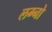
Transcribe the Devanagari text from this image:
लग्नो